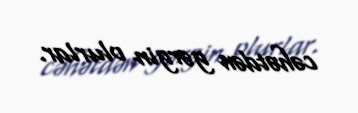
cəhətdən gərgin olurlar.